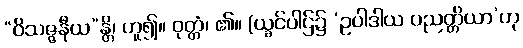
“ဝိသဇ္ဇနီယ”န္တိ၊ ဟူ၍။ ဝုတ္တံ၊ ၏။ (ယ္ခင်ပါဌ်၌ ‘ဥပါဒါယ ပညတ္တိယာ’ဟု